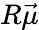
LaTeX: R\vec{\mu}